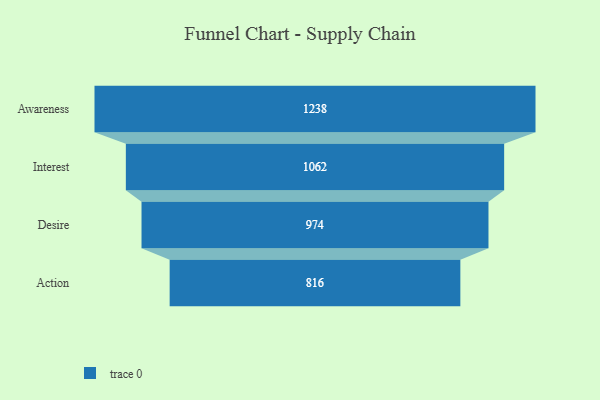
{"axis": {"x": "Stage", "y": "Value"}, "legend": [""], "data": [{"x": "Awareness", "y": 1238.0, "type": ""}, {"x": "Interest", "y": 1062.0, "type": ""}, {"x": "Desire", "y": 974.0, "type": ""}, {"x": "Action", "y": 816.0, "type": ""}]}